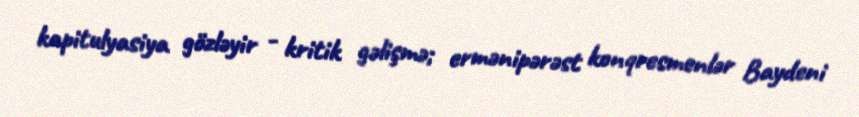
kapitulyasiya gözləyir - kritik gəlişmə; ermənipərəst konqresmenlər Baydeni